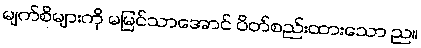
မျက်စိများကို မမြင်သာအောင် ပိတ်စည်းထားသော ည။